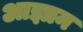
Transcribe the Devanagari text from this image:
आज्ञान